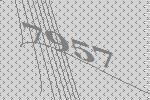
7957